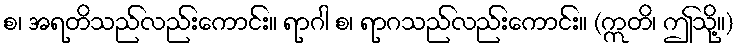
စ၊ အရတိသည်လည်းကောင်း။ ရာဂါ စ၊ ရာဂသည်လည်းကောင်း။ (ဣတိ၊ ဤသို့။)